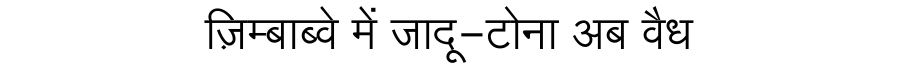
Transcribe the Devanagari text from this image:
ज़िम्बाब्वे में जादू-टोना अब वैध